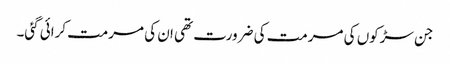
جن سڑکوں کی مرمت کی ضرورت تھی ان کی مرمت کرائی گئی۔